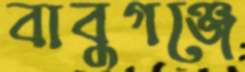
বাবুগঞ্জে